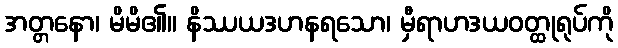
အတ္တနော၊ မိမိ၏။ နိဿယဒဟနရသော၊ မှီရာဟဒယဝတ္ထုရုပ်ကို